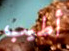
أطيب